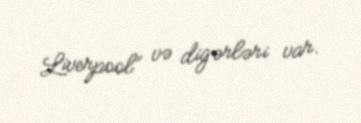
Liverpool” və digərləri var.